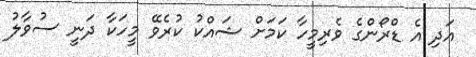
އަދި އެ ޑްރޯންގެ ވެރިމީހާ ކަމަށް ޝައްކު ކުރެވޭ މީހަކާ ދަނީ ސުވާލު